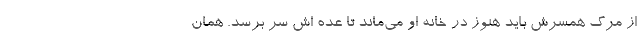
از مرگ همسرش باید هنوز در خانه او می‌ماند تا عده اش سر برسد. همان